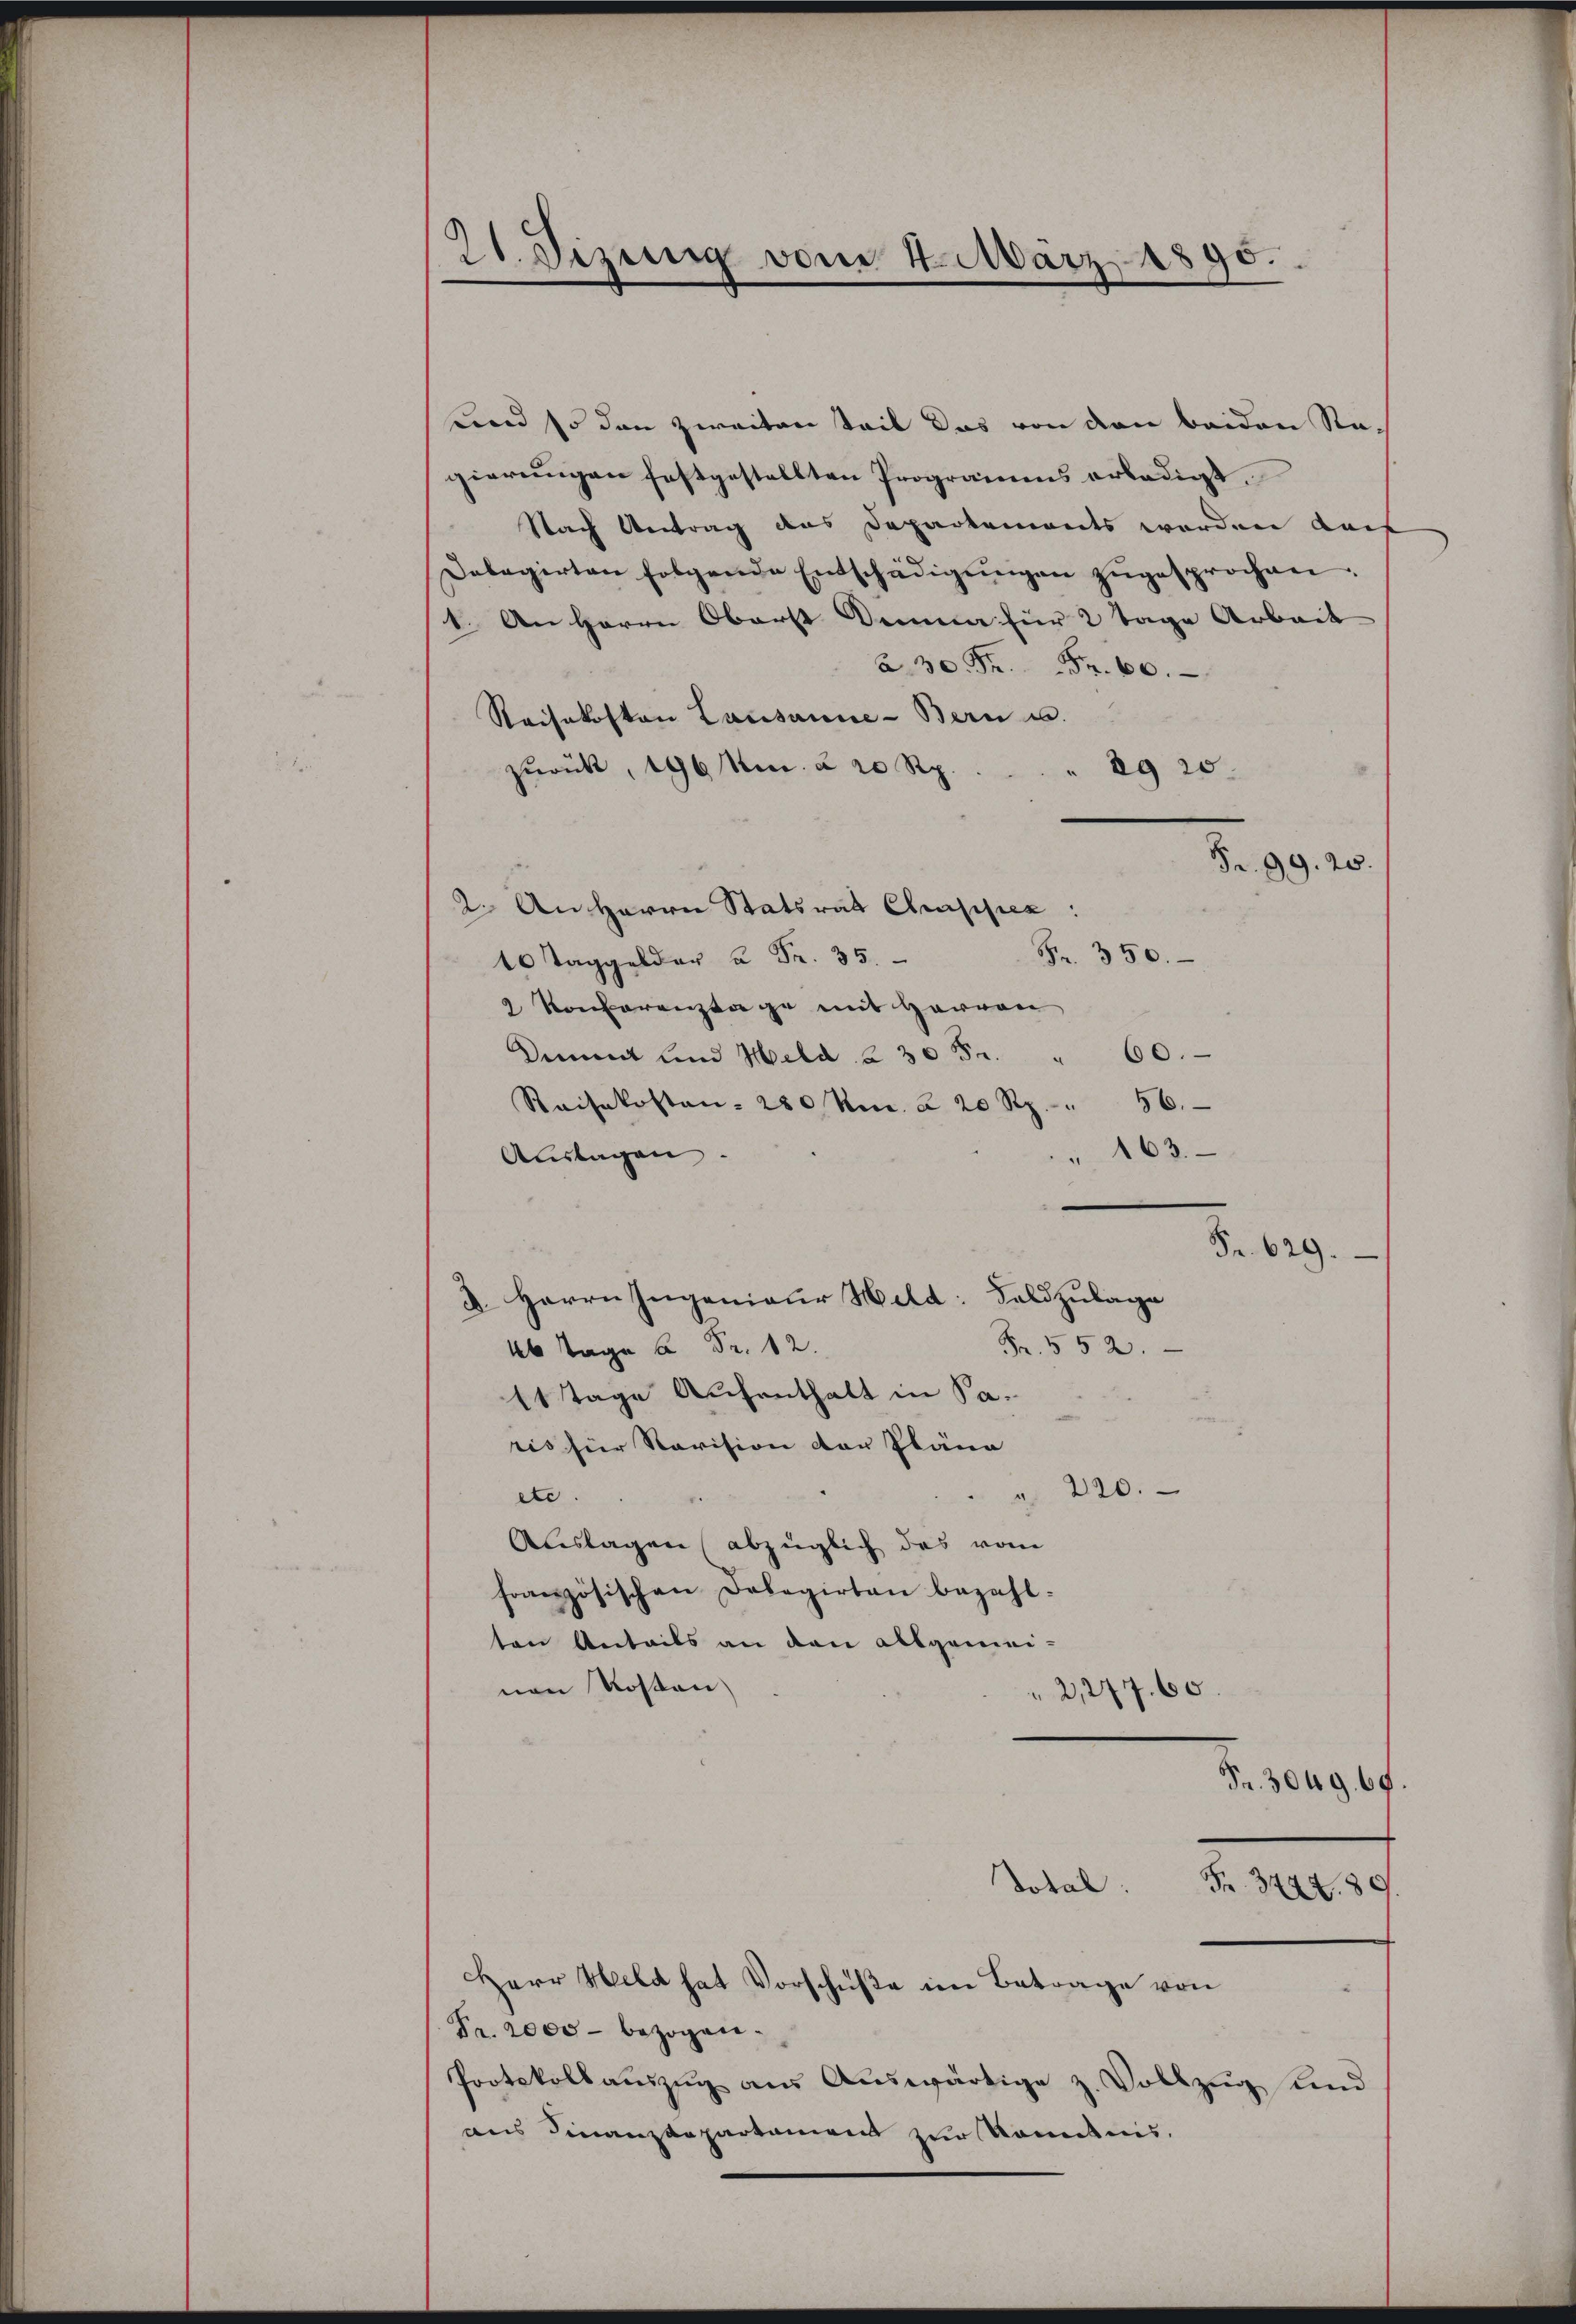
21. Dizung vom 4. März 1890.

fend so den zweiten teil das von den beiden Regierungen festgestellten Programens erledigt.
Nach Antrag das Departements werden Kauf
Delegirten folgende Entschädigŭngen zŭgesprochen.
1. An Herrn Oberst Demma für 2 Tage Arbeit
.
Reisekosten Lausanne-Bern u.
zurück, 196 Mn. § 20 Rp.
ag 20.
Fr. 99. 20.
2. An Herrn Statsrat Chrapper:
Fr. 350.
.
2 Konferenztage mit Herren
Dimmt und Held 230 Fr. " 60.
Reisekosten- 280 km a 20 Rp. " 56.
" 163.
Auslagen.
Fr. 629.
d. Herrn Ingenieur Held: Feldzulage
Fr. 552.
46 Tage à Fr. 12.
11 Tage Aufenthalt in Saris für Revision der Pläne
220.
etc
Auslagen (abzüglich das vom
französischen Delegirten bezahl-
ten Anteils an den allgemeinen Kosten
2,277. 60.
Fr. 3049. 69.

Fr. 2000 - bezogen.
Protokollaŭszŭg aŭs Aŭswärtige z. Vollzŭg und
aus Finanzdepartament zur Kenntnis.

Herr Held hat Vorschüße im Betrage von

Dotal Fr. 344. 89